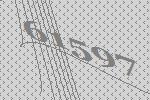
61597